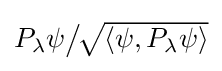
{\textstyle P_{\lambda }\psi {\big /}\!{\sqrt {\langle \psi ,P_{\lambda }\psi \rangle }}}